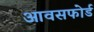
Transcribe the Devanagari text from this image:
आवसफोर्ड